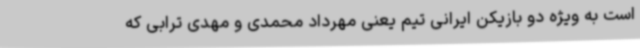
است به ویژه دو بازیکن ایرانی تیم یعنی مهرداد محمدی و مهدی ترابی که